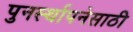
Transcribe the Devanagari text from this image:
पुनर्स्थापनेसाठी